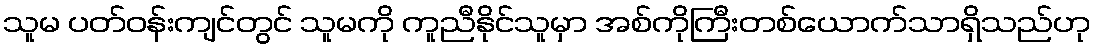
သူမ ပတ်ဝန်းကျင်တွင် သူမကို ကူညီနိုင်သူမှာ အစ်ကိုကြီးတစ်ယောက်သာရှိသည်ဟု